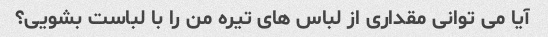
آیا می توانی مقداری از لباس های تیره من را با لباست بشویی؟